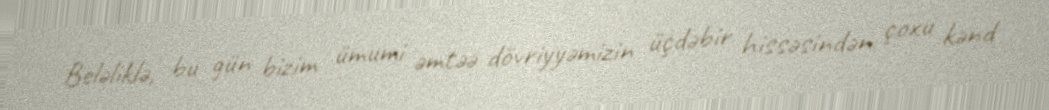
Beləliklə, bu gün bizim ümumi əmtəə dövriyyəmizin üçdəbir hissəsindən çoxu kənd